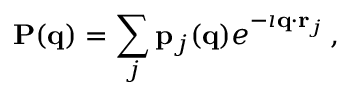
{ \bf P } ( { \bf q } ) = \sum _ { j } { \bf p } _ { j } ( { \bf q } ) e ^ { - \imath { \bf q } \cdot { \bf r } _ { j } } \, ,